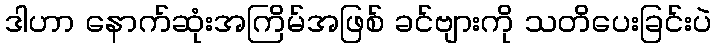
ဒါဟာ နောက်ဆုံးအကြိမ်အဖြစ် ခင်ဗျားကို သတိပေးခြင်းပဲ